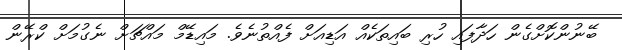
ބޭނުންކޮށްގެން ހަދާފައި ހުރި ބައިތަކެއް އަޑިއަށް ފެއްތުނެވެ. މައިޑޭމް މައްޗަށް ނެގުމަށް ކްރޭން